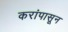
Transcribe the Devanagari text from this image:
करांपासून